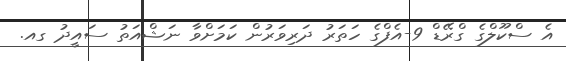
އެ ސްކޫލްގެ ގްރޭޑް 9-އެފްގެ ހަތަރު ދަރިވަރުން ކަމަށްވާ ނަޝްއަތު ސައީދު ގއ.